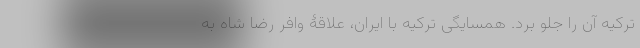
ترکیه آن را جلو برد. همسایگی ترکیه با ایران، علاقۀ وافر رضا شاه به